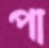
পা